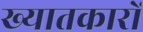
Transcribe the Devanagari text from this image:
ख्यातकारों